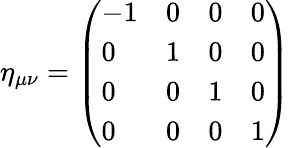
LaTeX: \eta_{\mu\nu}=\left({\begin{array}{llll}{-1}&{0}&{0}&{0}\\ {0}&{1}&{0}&{0}\\ {0}&{0}&{1}&{0}\\ {0}&{0}&{0}&{1}\end{array}}\right)